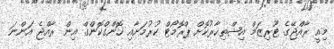
މިއީ ރާއްޖޭގެ ޓޫރިޒަމް އިޝްތިހާރުކޮށް ޕްރޮމޯޓް ކުރުމަށާއި ހޮންގްކޮންގް އިން ރާއްޖެ އަންނަ